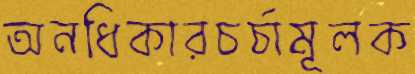
অনধিকারচর্চামূলক